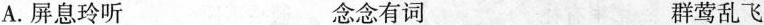
A.屏息玲听 念念有词 群莺乱飞